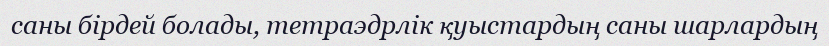
саны бірдей болады, тетраэдрлік қуыстардың саны шарлардың